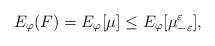
LaTeX: \begin{align*} E_{\varphi}(F) = E_{\varphi}[\mu] \leq E_{\varphi}[\mu^{\varepsilon}_{-\varepsilon}], \end{align*}